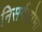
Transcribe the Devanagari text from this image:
निसर्गशोभा